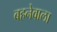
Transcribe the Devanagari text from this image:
बहनेवाला